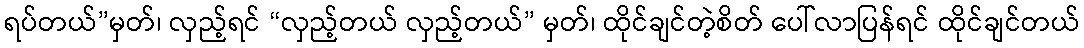
ရပ်တယ်”မှတ်၊ လှည့်ရင် “လှည့်တယ် လှည့်တယ်” မှတ်၊ ထိုင်ချင်တဲ့စိတ် ပေါ်လာပြန်ရင် ထိုင်ချင်တယ်